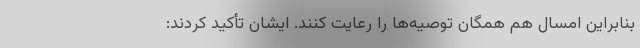
بنابراین امسال هم همگان توصیه‌ها را رعایت کنند. ایشان تأکید کردند: